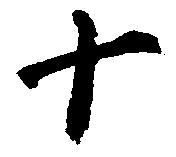
十